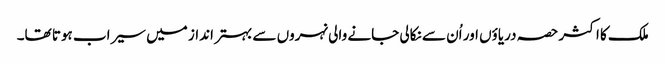
ملک کا اکثر حصہ دریاؤں اور اُن سے نکالی جانے والی نہروں سے بہتر انداز میں سیراب ہوتا تھا۔